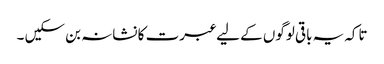
تاکہ یہ باقی لوگوں کے لیے عبرت کا نشانہ بن سکیں ۔